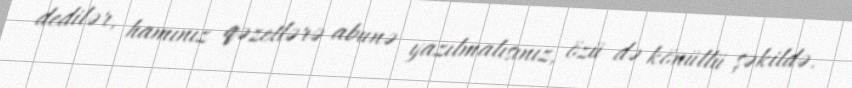
dedilər, hamınız qəzetlərə abunə yazılmalısınız, özü də könüllü şəkildə.